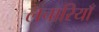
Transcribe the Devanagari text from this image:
लचारियाँ